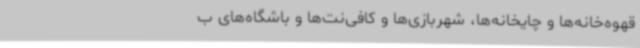
قهوه‌خانه‌ها و چایخانه‌ها، شهربازی‌ها و کافی‌نت‌ها و باشگاه‌های ب